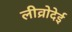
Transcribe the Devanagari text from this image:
लीव्रोदेई